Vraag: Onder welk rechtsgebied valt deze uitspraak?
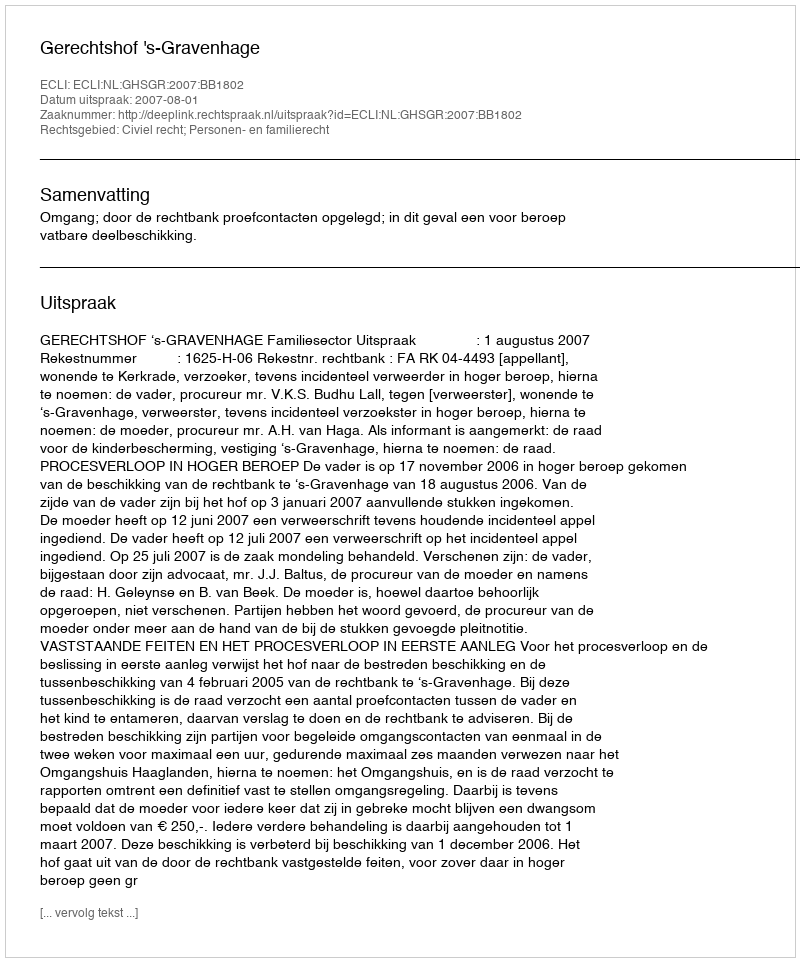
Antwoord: Civiel recht; Personen- en familierecht